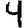
Digit: 4